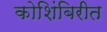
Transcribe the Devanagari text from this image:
कोशिंबिरीत